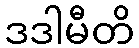
ဒဒါမီတိ